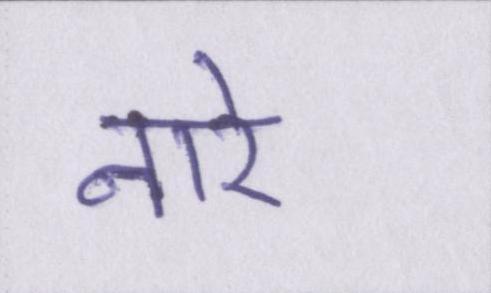
नारे